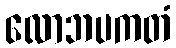
လောဘပကတံ